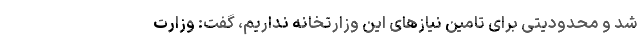
شد و محدودیتی برای تامین نیازهای این وزارتخانه نداریم، گفت: وزارت